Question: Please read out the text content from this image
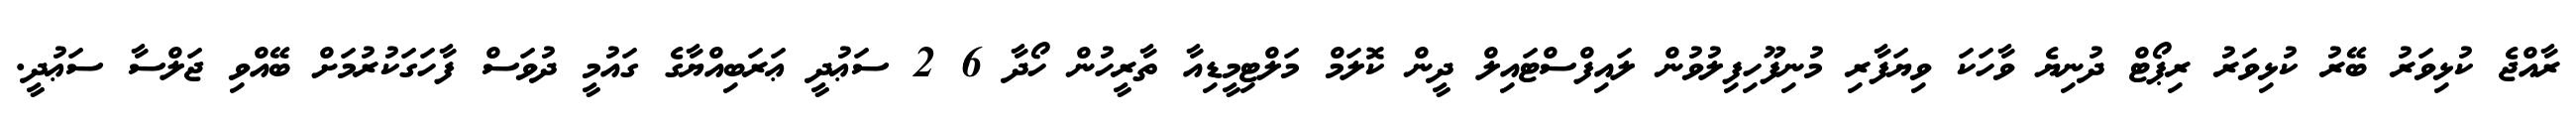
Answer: ރާއްޖެ ކުޅިވަރު ބޭރު ކުޅިވަރު ރިޕޯޓް ދުނިޔެ ވާހަކަ ވިޔަފާރި މުނިފޫހިފިލުވުން ލައިފްސްޓައިލް ދީން ކޮލަމް މަލްޓިމީޑިއާ ތާރީހުން ހޯދާ 6 2 ސަޢުދީ ޢަރަބިއްޔާގެ ގައުމީ ދުވަސް ފާހަގަކުރުމަށް ބޭއްވި ޖަލްސާ ސަޢުދީ.